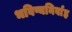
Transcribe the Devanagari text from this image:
भविष्यनिर्वाह